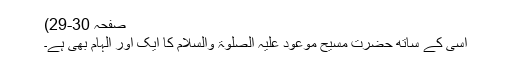
صفحہ 30-29)
اسی کے ساتھ حضرت مسیح موعود علیہ الصلوٰۃ والسلام کا ایک اور الہام بھی ہے۔